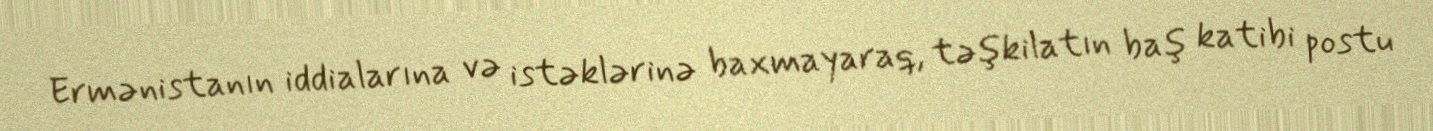
Ermənistanın iddialarına və istəklərinə baxmayaraq, təşkilatın baş katibi postu